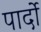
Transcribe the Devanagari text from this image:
पार्दो